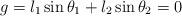
LaTeX: \begin{align*} g=l_1 \sin \theta_1 + l_2 \sin \theta_2=0\end{align*}